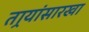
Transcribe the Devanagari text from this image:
तार्‍यांसारखा